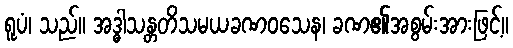
ရူပံ၊ သည်။ အဒ္ဓါသန္တတိသမယခဏဝသေန၊ ခဏ၏အစွမ်းအားဖြင့်။